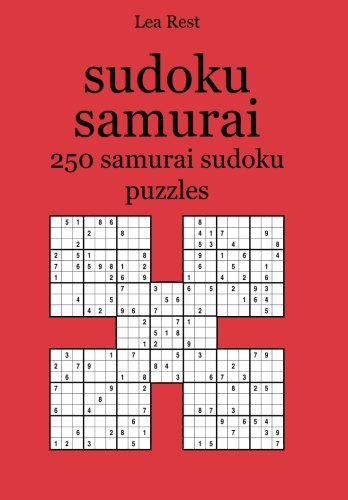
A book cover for sudoku samurai: 250 samurai sudoku puzzles; Lea Rest; Humor & Entertainment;